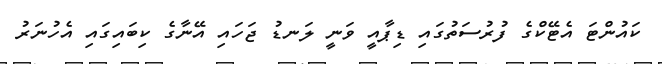
ކައުންޓަ އެޓޭކްގެ ފުރުސަތުގައި ޑިޕާއީ ވަނީ ލަނޑު ޖަހައި އޭނާގެ ކިބައިގައި އެހުނަރު